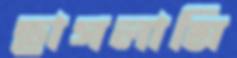
ছাগলামি